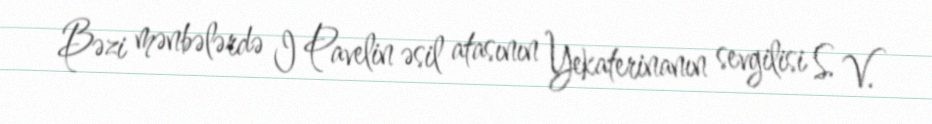
Bəzi mənbələrdə I Pavelin əsil atasının Yekaterinanın sevgilisi S. V.